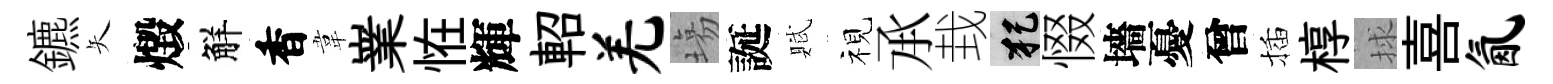
鑣矢燬觧香韋嶪恠輝軺羌塲誕賦视𠄘㘽犯惙墻憂曾插椁捄喜氤